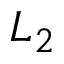
L _ { 2 }